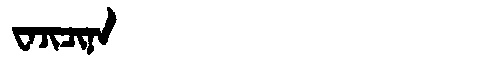
Manchu: ᠸᠠᠵᡳᠴᡳᠨᠠ
Romanization: WAJICINA